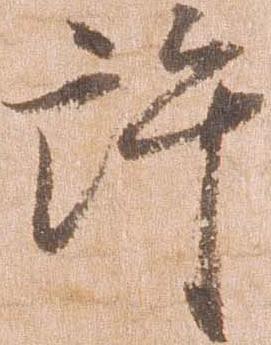
許